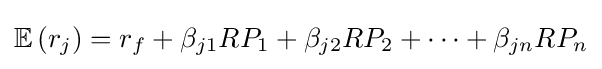
\mathbb {E} \left(r_{j}\right)=r_{f}+\beta _{j1}RP_{1}+\beta _{j2}RP_{2}+\cdots +\beta _{jn}RP_{n}